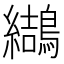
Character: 𪆋